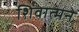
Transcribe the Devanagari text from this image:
शिवात्मने